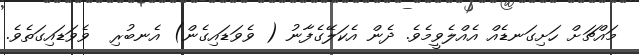
މައްޗަށް ހަށިގަނޑެއް އެއްލެވީމެވެ. ދެން އެކަލޭގެފާނު ( ވެވަޑައިގެން) އެނބުރި  ވެވަޑައިގަތެވެ.